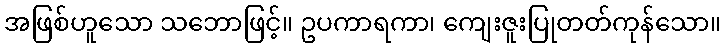
အဖြစ်ဟူသော သဘောဖြင့်။ ဥပကာရကာ၊ ကျေးဇူးပြုတတ်ကုန်သော။